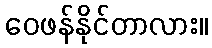
ဝေဖန်နိုင်တာလား။